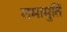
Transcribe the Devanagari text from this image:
रामामुर्ति